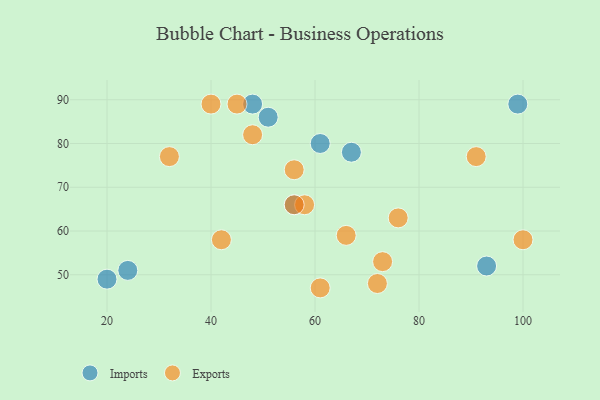
{"axis": {"x": "GDP", "y": "Life Expectancy"}, "legend": ["Exports", "Imports"], "data": [{"x": "20", "y": 49, "type": "Imports"}, {"x": "93", "y": 52, "type": "Imports"}, {"x": "99", "y": 89, "type": "Imports"}, {"x": "67", "y": 78, "type": "Imports"}, {"x": "24", "y": 51, "type": "Imports"}, {"x": "61", "y": 80, "type": "Imports"}, {"x": "48", "y": 89, "type": "Imports"}, {"x": "56", "y": 66, "type": "Imports"}, {"x": "51", "y": 86, "type": "Imports"}, {"x": "58", "y": 66, "type": "Exports"}, {"x": "61", "y": 47, "type": "Exports"}, {"x": "32", "y": 77, "type": "Exports"}, {"x": "42", "y": 58, "type": "Exports"}, {"x": "73", "y": 53, "type": "Exports"}, {"x": "45", "y": 89, "type": "Exports"}, {"x": "40", "y": 89, "type": "Exports"}, {"x": "76", "y": 63, "type": "Exports"}, {"x": "56", "y": 66, "type": "Exports"}, {"x": "100", "y": 58, "type": "Exports"}, {"x": "66", "y": 59, "type": "Exports"}, {"x": "48", "y": 82, "type": "Exports"}, {"x": "72", "y": 48, "type": "Exports"}, {"x": "56", "y": 74, "type": "Exports"}, {"x": "91", "y": 77, "type": "Exports"}]}